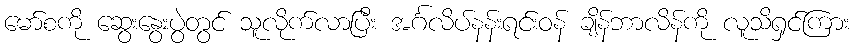
မော်စကို ဆွေးနွေးပွဲတွင် သူလိုက်လာပြီး အင်္ဂလိပ်နန်းရင်းဝန် ချိန်ဘာလိန်ကို လူသိရှင်ကြား